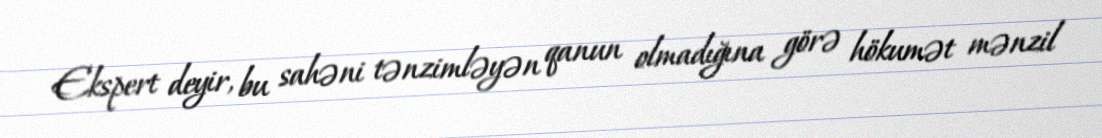
Ekspert deyir, bu sahəni tənzimləyən qanun olmadığına görə hökumət mənzil